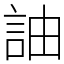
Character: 䛆